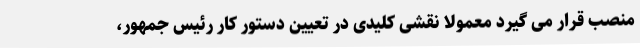
منصب قرار می گیرد معمولا نقشی کلیدی در تعیین دستور کار رئیس جمهور،